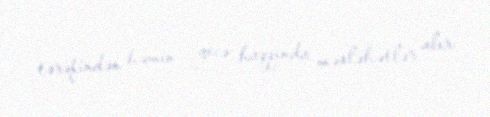
tərəfindən həmin gecə haqqında məsləhətlər alır.